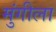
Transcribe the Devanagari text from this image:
मुंगीला